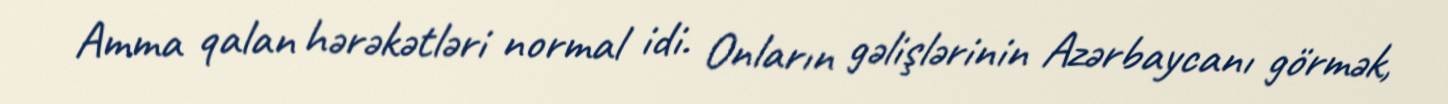
Amma qalan hərəkətləri normal idi. Onların gəlişlərinin Azərbaycanı görmək,